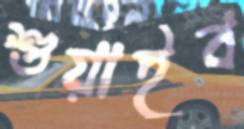
শুয়াইব